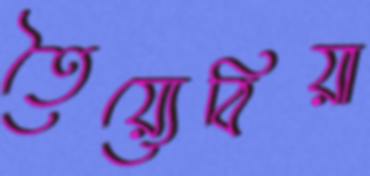
তৈয়্যেবিয়া